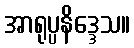
အာရုပ္ပနိဒ္ဒေသ။